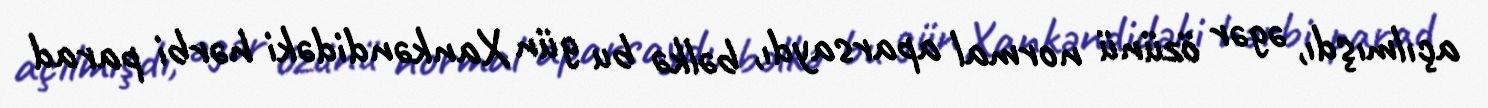
açılmışdı, əgər özünü normal aparsaydı, bəlkə bu gün Xankəndidəki hərbi parad